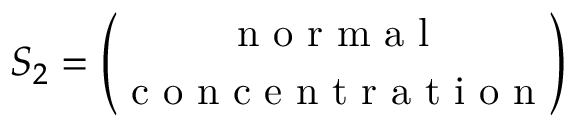
S _ { 2 } = \binom { \mathrm { ~ n ~ o ~ r ~ m ~ a ~ l ~ } } { \mathrm { ~ c ~ o ~ n ~ c ~ e ~ n ~ t ~ r ~ a ~ t ~ i ~ o ~ n ~ } }